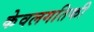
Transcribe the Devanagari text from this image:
केवलगतिकी